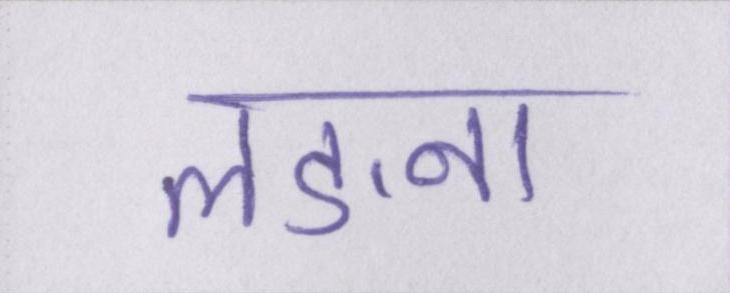
लङना